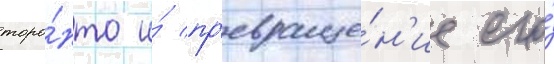
торо́нто и́ пр'евраще́н'ие его́